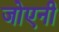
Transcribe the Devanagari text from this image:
जोएनी